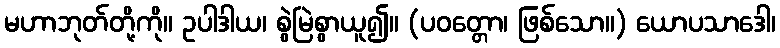
မဟာဘုတ်တို့ကို။ ဥပါဒါယ၊ စွဲမြဲစွာယူ၍။ (ပဝတ္တော၊ ဖြစ်သော။) ယောပသာဒေါ၊